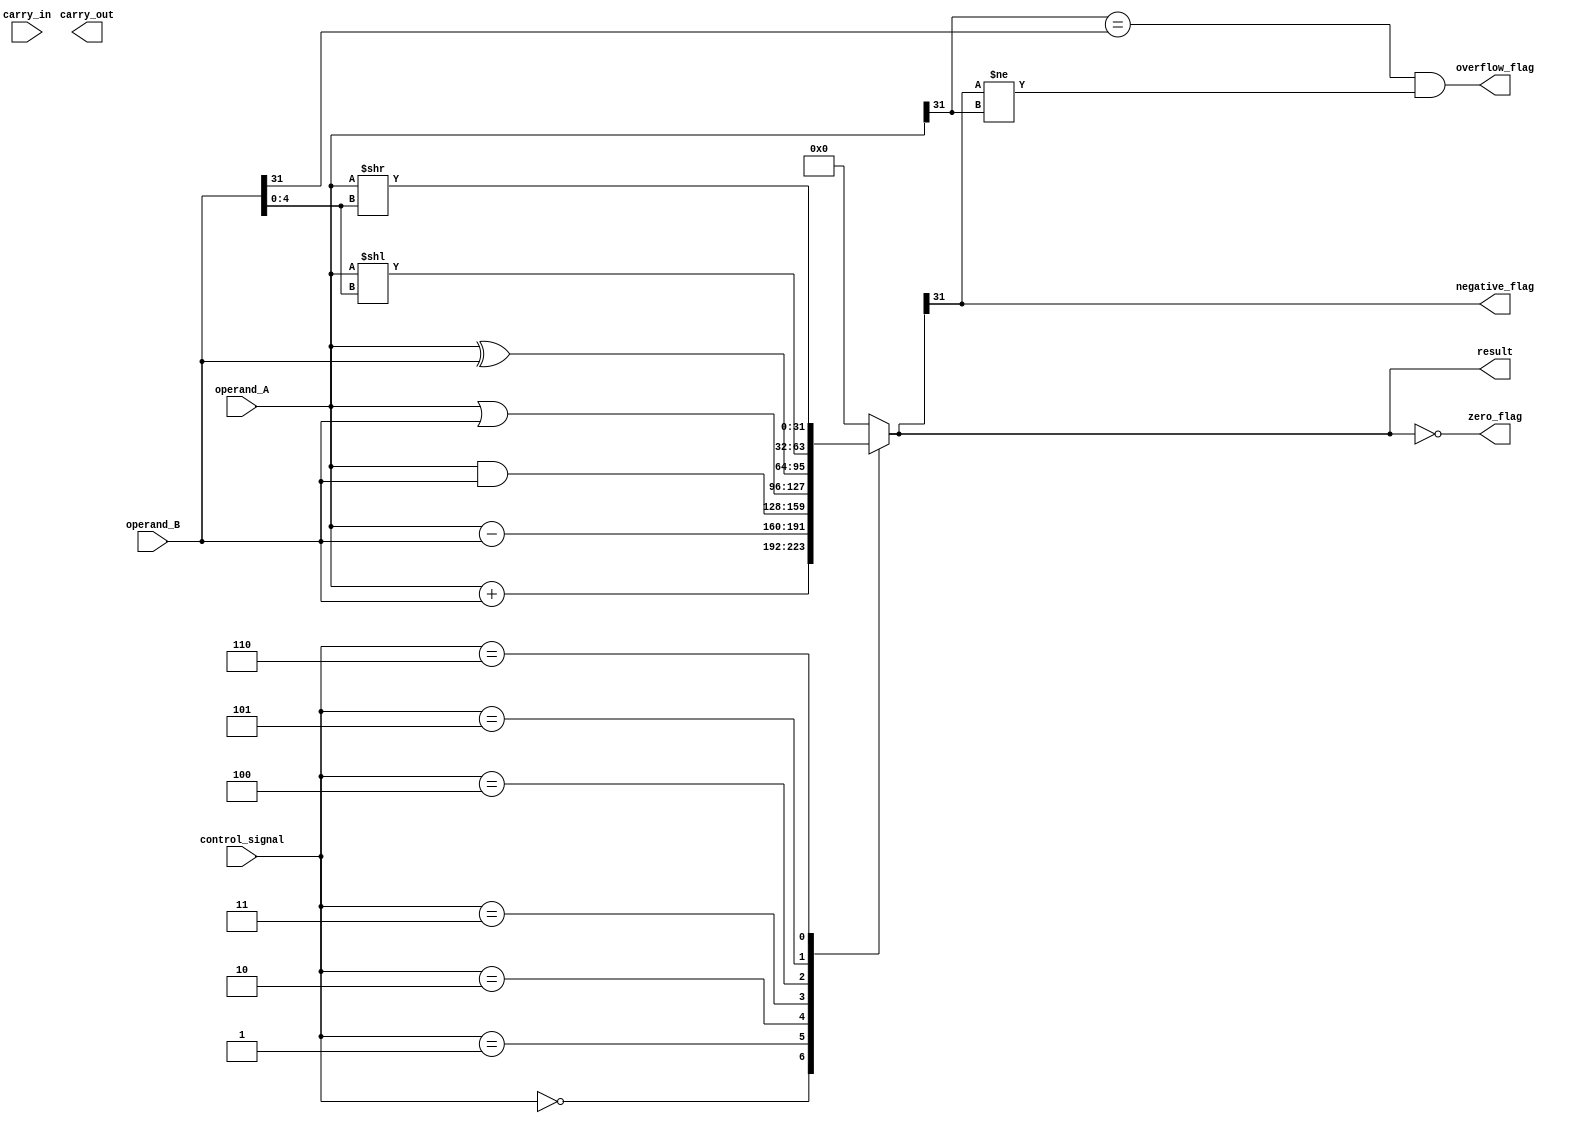
module ALU(input [31:0] operand_A, input [31:0] operand_B, input [2:0] control_signal,
           output [31:0] result, output zero_flag, output negative_flag, output overflow_flag,
           output carry_out, input carry_in);

   reg [31:0] temp_result;
   reg zero_flag, negative_flag, overflow_flag;
   reg carry_out;

   always @(*)
   begin
      case (control_signal)
         3'b000: temp_result = operand_A + operand_B; // Addition
         3'b001: temp_result = operand_A - operand_B; // Subtraction
         3'b010: temp_result = operand_A & operand_B; // Bitwise AND
         3'b011: temp_result = operand_A | operand_B; // Bitwise OR
         3'b100: temp_result = operand_A ^ operand_B; // Bitwise XOR
         3'b101: temp_result = operand_A << operand_B[4:0]; // Shift Left
         3'b110: temp_result = operand_A >> operand_B[4:0]; // Shift Right
         default: temp_result = 32'b0; // Default to zero
      endcase
   end

   assign result = temp_result;
   assign zero_flag = (result == 0);
   assign negative_flag = (result[31] == 1);
   assign overflow_flag = (operand_A[31] == operand_B[31] & result[31] != operand_A[31]);
 
endmodule